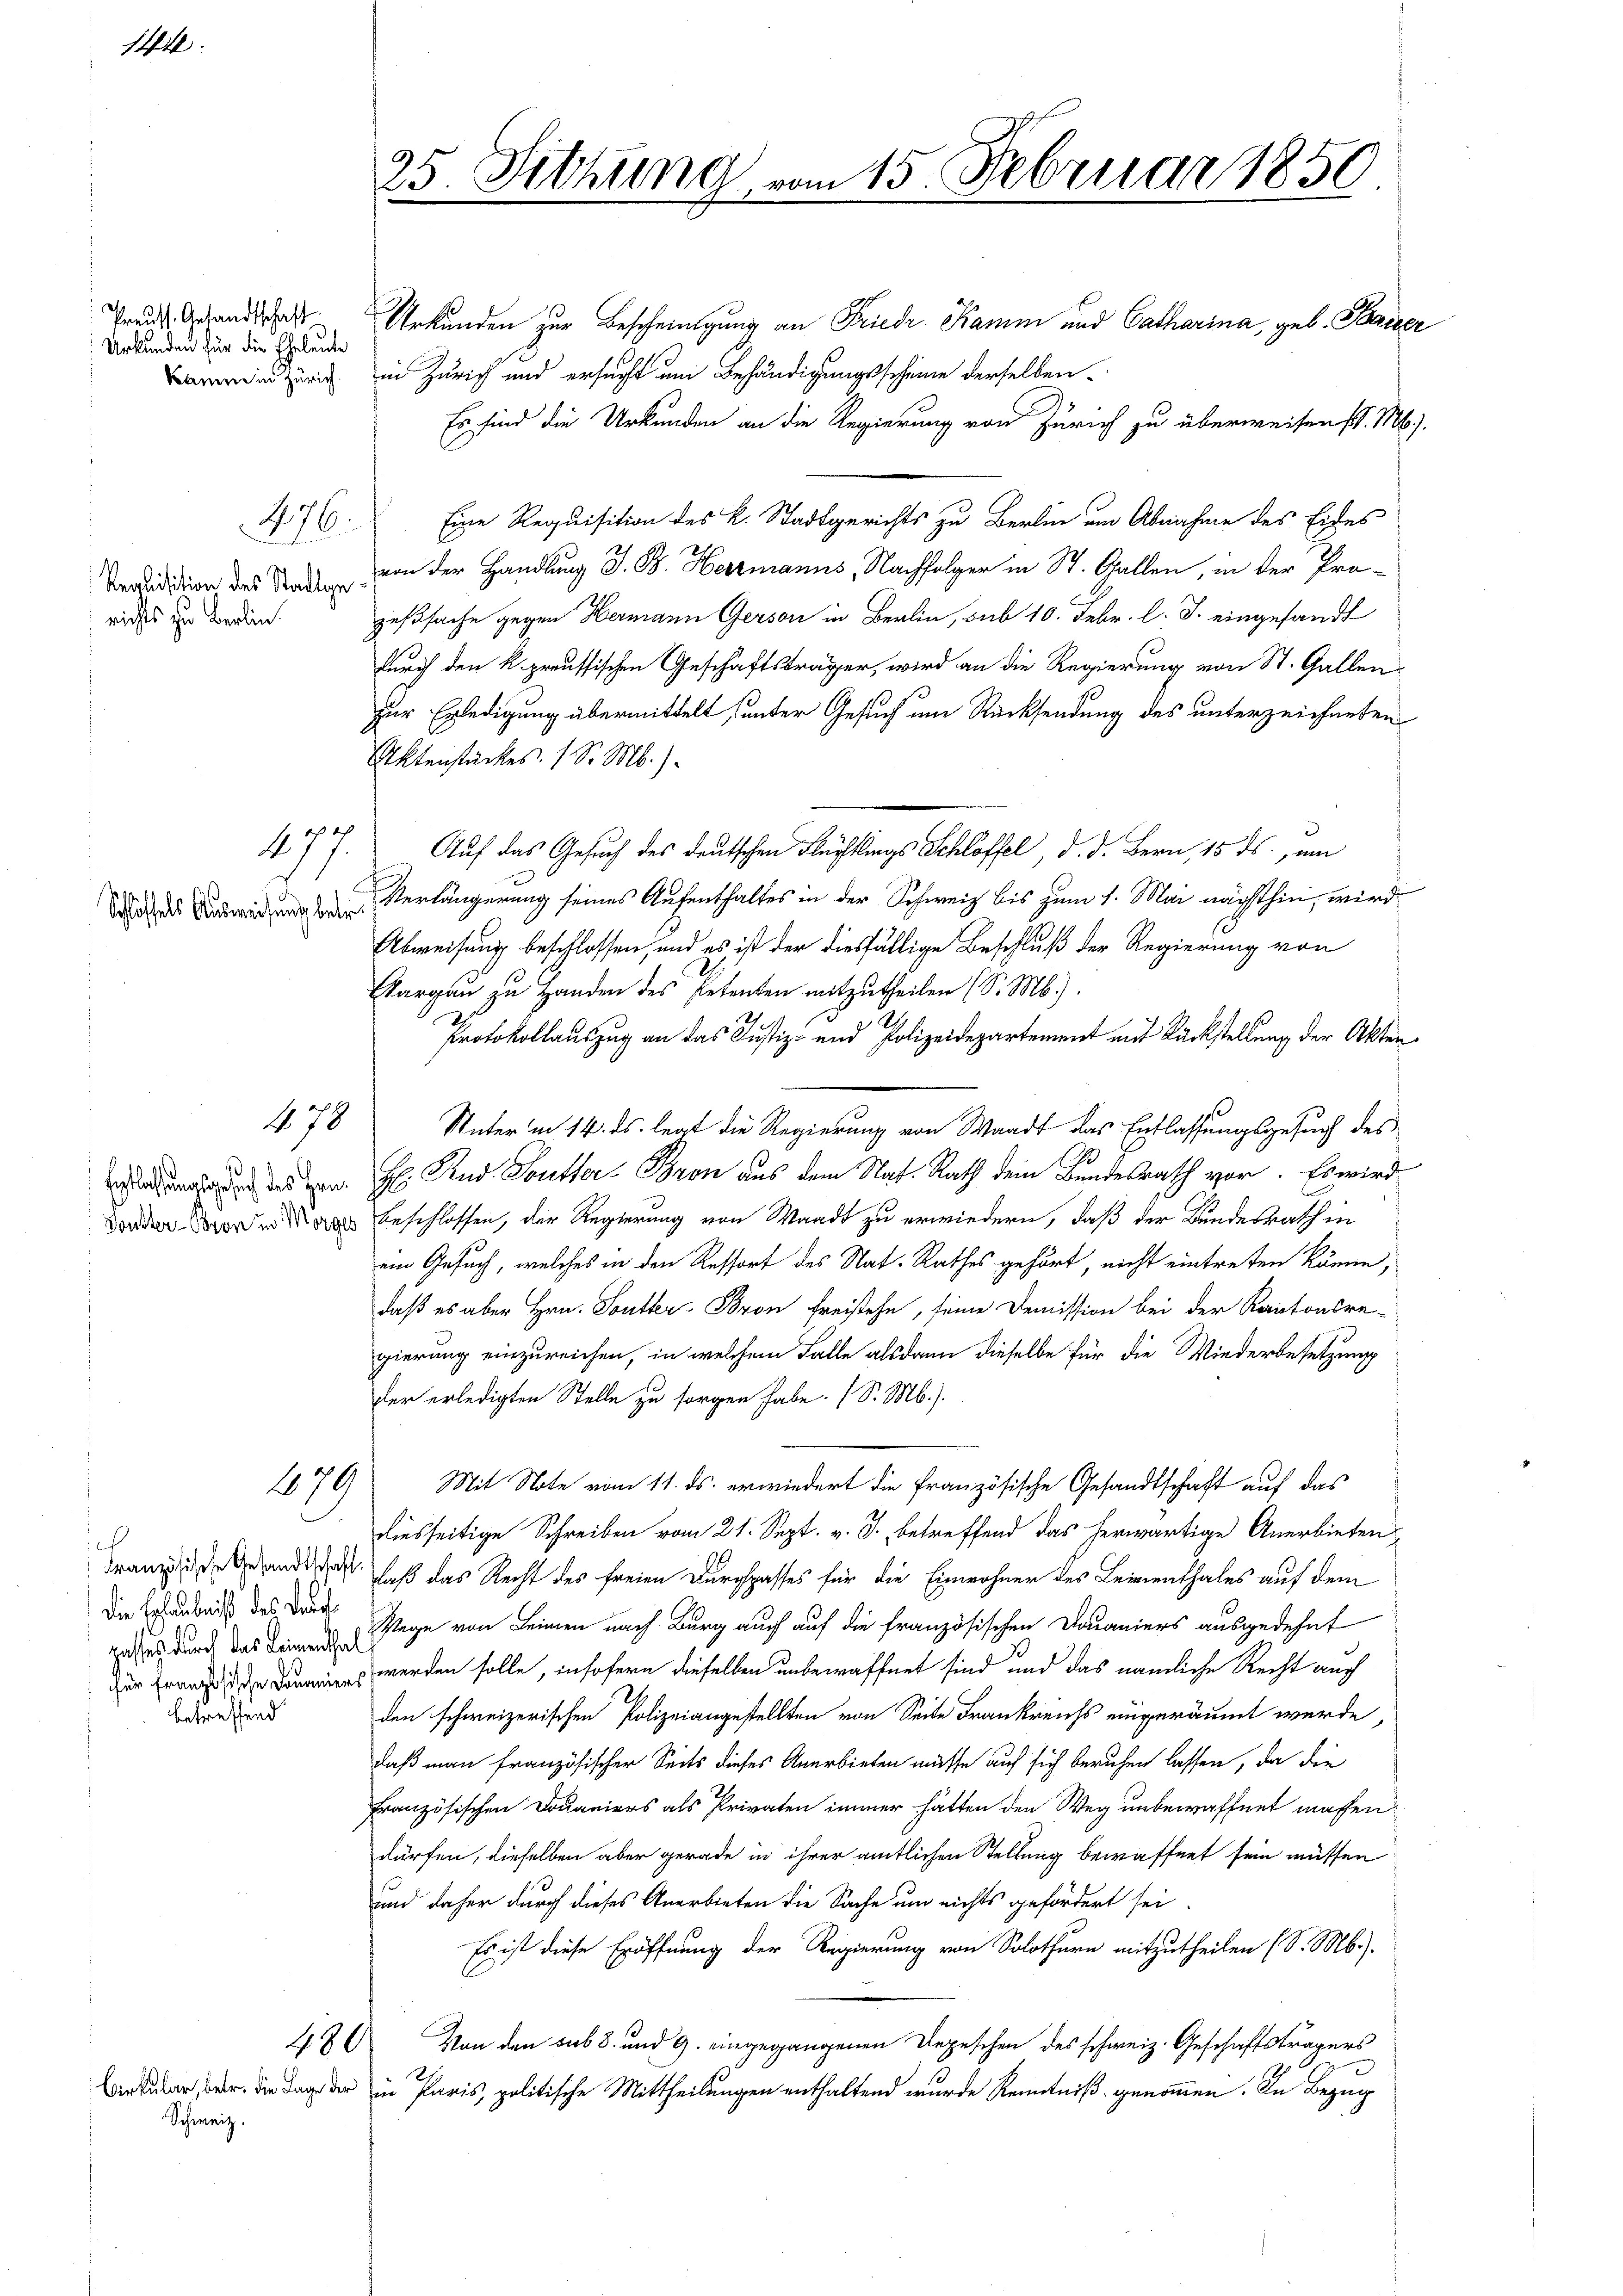
144

Preuss. Gesandtschaft
Urkunden für die Eheleute
kauern in Zürich.

Requisition des Stadtge
richts zu Berlin.

Entlassungsgesuch des Hrn.
Donster-Pron in Morges

betreffend

476.

3 des
Schlossels Ausweisung betr

177.

478

176

e
Französische Gesandtschaft
Die Erlaubniß des Dorf
rasses durch das Leimenthal
für Französische Domanier

Cirkular, betr. die Lage der
Schweiz.

25. Sitzung

Urkunden zur Bescheinigung an Friedr. Kamm und Catharina, geb. Baier
in Zürich und ersucht um Behändigungsscheine derselben
Es sind die Urkunden an die Regierung von Zürich zu überweisen d. M.).
Eine Requisition des k. Stadtgerichts zu Berlin um Abnahme des Eides
von der Handlung G. B. Herzmanns, Nachfolger in St. Gallen, in der Pro-
zeßsache gegen Hermann Gerson in Berlin, sub 10. Febr. l. J. eingesandt
durch den k. preussischen Geschäftsträger, wird an die Regierung von St. Gallen
zur Erledigung übermittelt (unter Gesuch um Rücksendung des unterzeichneten
Aktenstückes. 1 S. M.)
Auf das Gesuch des deutschen Flüchtlings Schlöffel d. d. Bern, 15. ds., um
Verlängerung seines Aufenthaltes in der Schweiz bis zum 1. Mai nächsthin, wird
Abweisung beschlossen, und es ist der diesfällige Beschluß der Regierung von
Aargau zu Handen des Petenten mitzutheilen (S. M.).
Protokollauszug an das Justiz- und Polizeidepartement mit Rückstellung der Akten¬
Unter in 14. ds. legt die Regierung von Waadt das Entlassungsgesuch des
H: Rud. Soutter Bron aus dem Nat. Rath dem Bundesrath vor. Es wird
beschlossen, der Regierung von Waadt zu erwiedern, daß der Bundesrath in
ein Gesuch, welches in den Ressort des Nat-Rathes gehört, nicht eintreten könne,
daß es aber Hrn. Soutter Bron Freistehe, seine Demission bei der Kantonsre-
gierung einzureichen, in welchem Falle alsdann dieselbe für die Wiederbesetzung
der erledigten Stelle zu sorgen habe. (S. M.).
Mit Note vom 11. ds. erwiedert die französische Gesandtschaft auf das
diesseitige Schreiben vom 21. Sept. v. J. betreffend das herwärtige Anerbieten,
daß das Recht des freien Durchgasses für die Einwohner des Leimenthales auf dem
Wege von Leinen nach Burg auch auf die französischen Douaniers ausgedehnt
werden solle, insofern dieselben unbewaffnet sind, und das nämliche Recht auch
den schweizerischen Polizeiangestellten von Seite Frankreichs eingeräumt werde,
daß man französischer Seits dieses Anerbieten müsse auf sich beruhen lassen, da die
französischen Douaniers als Privaten immer hätten den Weg unbewaffnet machen.
dürfen, dieselben aber gerade in ihrer amtlichen Stellung bewaffnet sein müssen
und daher durch dieses Anerbieten die Sache um nichts gefördert sei,
Es ist diese Eröffnung der Regierung von Solothurn mitzutheilen (S. Mb.).
480. Von den sub 8. und 9. eingegangenen Depeschen des schweiz. Geschäftsträgers
in Paris, politische Mittheilungen enthaltend wurde Kenntniß genommen. In Bezug

15. Februar 1850.